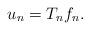
LaTeX: \begin{align*}u_n = T_n f_n.\end{align*}